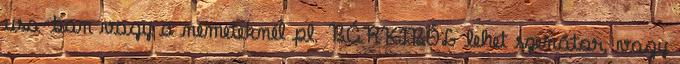
usa-ban vagy a németeknél pl. BÁRKIBÓL lehet szenátor, vagy